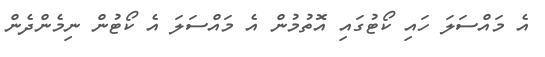
އެ މައްސަލަ ހައި ކޯޓުގައި އޮތުމުން އެ މައްސަލަ އެ ކޯޓުން ނިމެންދެން